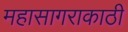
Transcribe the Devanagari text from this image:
महासागराकाठी